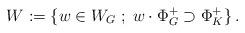
LaTeX: \begin{align*}W:=\{w\in W_{G}\;;\;w\cdot \Phi_{G}^{+}\supset \Phi_{K}^{+}\}\,.\end{align*}